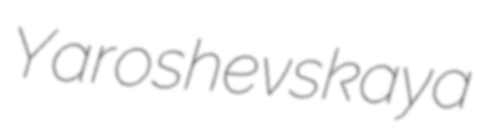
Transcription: Yaroshevskaya